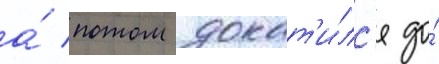
а́ потом докат'и́лс'я до́